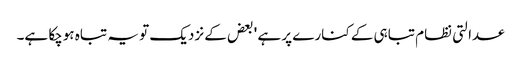
عدالتی نظام تباہی کے کنارے پر ہے ' بعض کے نزدیک تو یہ تباہ ہوچکا ہے۔